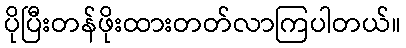
ပိုပြီးတန်ဖိုးထားတတ်လာကြပါတယ်။